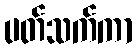
ပတ်သက်ကာ